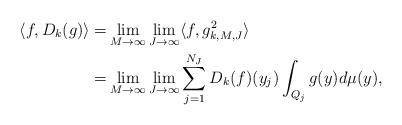
LaTeX: \begin{align*} \langle f, D_k(g)\rangle =&\lim_{M\to \infty}\lim_{J\to \infty}\langle f, g^2_{k,M,J}\rangle\\ =&\lim_{M\to \infty}\lim_{J\to \infty} \sum_{j=1}^{N_J}D_k(f)(y_j)\int_{Q_j} g(y)d\mu(y),\end{align*}